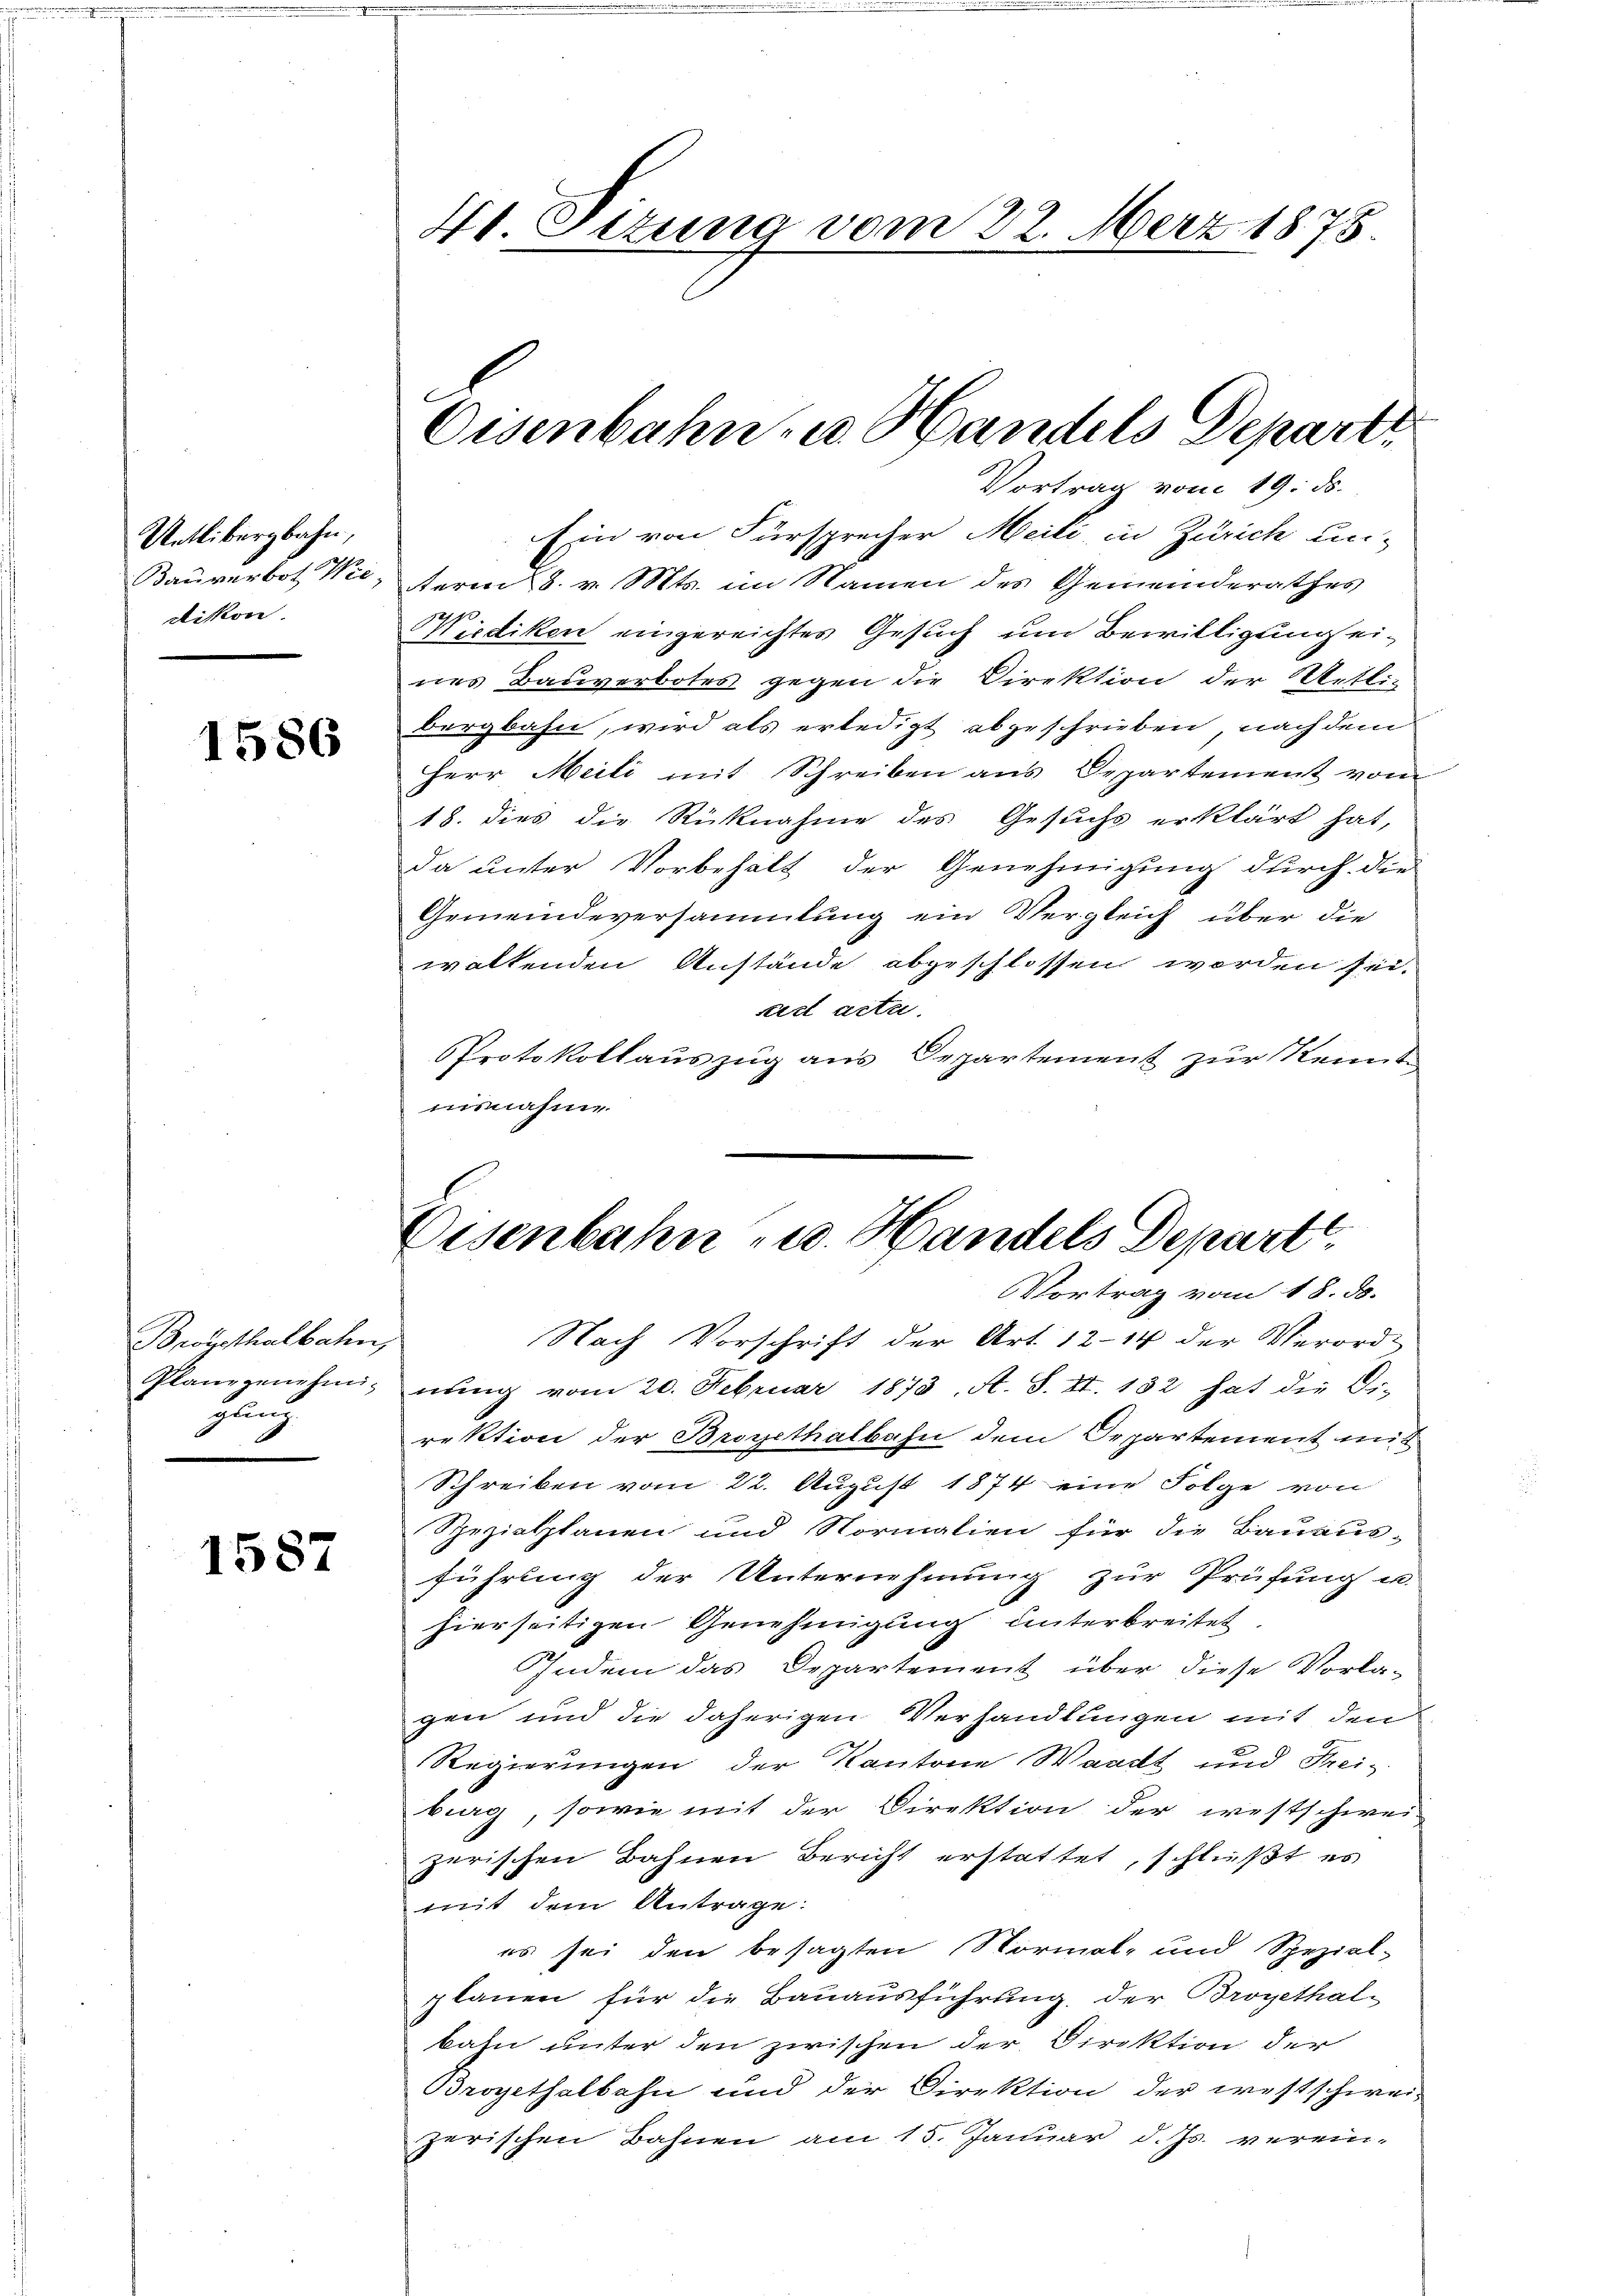
Uetlibergbahn,
Bauverbot. Wie
ttikon.

1586

Bwysthalbahn,
glich

1587

41. Sizung vom 22. März 1875.

Vortrag vom 19. ds.
Ein von Fürsprecher Meili, in Zürich un-
term 8. v. Mts. im Namen des Gemeinderathes
Wiediken eingereichtes Gesuch um Bewilligung eines Bauverbotes gegen die Direktion der Uetli-
bergbahn, wird als erledigt abgeschrieben, nach dem
Herr Meili mit Schreiben aus Departement vom
18. dies die Rücknahme des Gesuchs erklärt hat,
Da unter Vorbehalt der Genehmigung durch die
Gemeindeversammlung ein Vergleich über die
waltenden Anstände abgeschlossen worden sei.
sirt acte.
Protokollauszug aus Departement zur Kennt
uisnahme

Vortrag vom 18. d.
Nach Vorschrift der Art. 12–14 der Verord-
Planzgenehm nŭng vom 20. Februar 1873 A. S. II. 152 hat die Or-
rektion der Brogethalbahn dem Departement mit
Schreiben vom 22. August 1874 eine Folge von
Spezialplanen und Normalien für die Bauausführung der Unternehmung zur Prüfung u.
hierseitigen Genehmigung unterbreitet
Indem das Departement über diese Vorla-
gen und die daherigen Verhandlungen mit den
Regierungen der Kantone Waadt und Frei-
burg, sowie mit der Direktion der westschwei-
zerischen Bahnen Bericht erstattet, schließt es
mit dem Antrage:
es sei den besagten Normal- und Spezial-
planen für die Bauausführung, der Brogethalbahn unter den zwischen der Direktion der
Bropethalbahn und der Direktion der westschwei-
zerischen Bahnen am 15. Januar d. Js. verein-

Eisenbahn, u. Handels Depart

Eisenbahn - u. Handels Depart